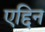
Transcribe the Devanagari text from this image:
एद्दिन